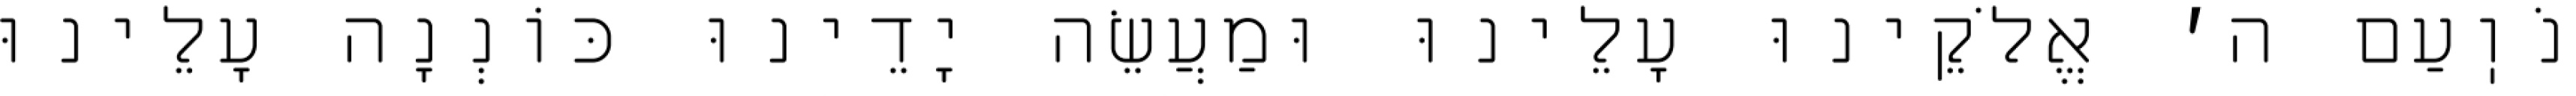
נֹוֽעַם ה׳ אֱלֹקֵינוּ עָלֵינוּ וּמַעֲשֵׂה יָדֵינוּ כּוֹנְנָה עָלֵינוּ